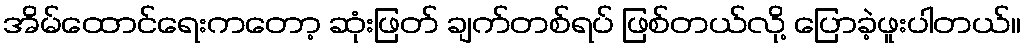
အိမ်ထောင်ရေးကတော့ ဆုံးဖြတ် ချက်တစ်ရပ် ဖြစ်တယ်လို့ ပြောခဲ့ဖူးပါတယ်။